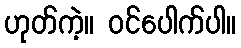
ဟုတ်ကဲ့။ ဝင်ပေါက်ပါ။